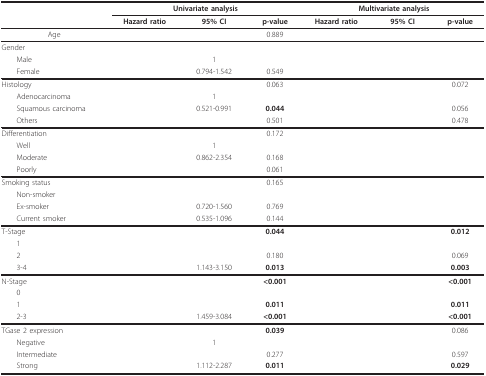
<table><thead><tr><td>[EMPTY_CELL]</td><td colspan="3"><b>Univariate analysis</b></td><td colspan="3"><b>Multivariate analysis</b></td></tr><tr><td>[EMPTY_CELL]</td><td><b>Hazard ratio</b></td><td><b>95% CI</b></td><td><b>p-value</b></td><td><b>Hazard ratio</b></td><td><b>95% CI</b></td><td><b>p-value</b></td></tr></thead><tbody><tr><td>Age</td><td>[EMPTY_CELL]</td><td>[EMPTY_CELL]</td><td>0.889</td><td>[EMPTY_CELL]</td><td>[EMPTY_CELL]</td><td>[EMPTY_CELL]</td></tr><tr><td>Gender</td><td>[EMPTY_CELL]</td><td>[EMPTY_CELL]</td><td>[EMPTY_CELL]</td><td>[EMPTY_CELL]</td><td>[EMPTY_CELL]</td><td>[EMPTY_CELL]</td></tr><tr><td> Male</td><td>[EMPTY_CELL]</td><td>1</td><td>[EMPTY_CELL]</td><td>[EMPTY_CELL]</td><td>[EMPTY_CELL]</td><td>[EMPTY_CELL]</td></tr><tr><td> Female</td><td>[EMPTY_CELL]</td><td>0.794-1.542</td><td>0.549</td><td>[EMPTY_CELL]</td><td>[EMPTY_CELL]</td><td>[EMPTY_CELL]</td></tr><tr><td>Histology</td><td>[EMPTY_CELL]</td><td>[EMPTY_CELL]</td><td>0.063</td><td>[EMPTY_CELL]</td><td>[EMPTY_CELL]</td><td>0.072</td></tr><tr><td> Adenocarcinoma</td><td>[EMPTY_CELL]</td><td>1</td><td>[EMPTY_CELL]</td><td>[EMPTY_CELL]</td><td>[EMPTY_CELL]</td><td>[EMPTY_CELL]</td></tr><tr><td> Squamous carcinoma</td><td>[EMPTY_CELL]</td><td>0.521-0.991</td><td><b>0.044</b></td><td>[EMPTY_CELL]</td><td>[EMPTY_CELL]</td><td>0.056</td></tr><tr><td> Others</td><td>[EMPTY_CELL]</td><td>[EMPTY_CELL]</td><td>0.501</td><td>[EMPTY_CELL]</td><td>[EMPTY_CELL]</td><td>0.478</td></tr><tr><td>Differentiation</td><td>[EMPTY_CELL]</td><td>[EMPTY_CELL]</td><td>0.172</td><td>[EMPTY_CELL]</td><td>[EMPTY_CELL]</td><td>[EMPTY_CELL]</td></tr><tr><td> Well</td><td>[EMPTY_CELL]</td><td>1</td><td>[EMPTY_CELL]</td><td>[EMPTY_CELL]</td><td>[EMPTY_CELL]</td><td>[EMPTY_CELL]</td></tr><tr><td> Moderate</td><td>[EMPTY_CELL]</td><td>0.862-2.354</td><td>0.168</td><td>[EMPTY_CELL]</td><td>[EMPTY_CELL]</td><td>[EMPTY_CELL]</td></tr><tr><td> Poorly</td><td>[EMPTY_CELL]</td><td>[EMPTY_CELL]</td><td>0.061</td><td>[EMPTY_CELL]</td><td>[EMPTY_CELL]</td><td>[EMPTY_CELL]</td></tr><tr><td>Smoking status</td><td>[EMPTY_CELL]</td><td>[EMPTY_CELL]</td><td>0.165</td><td>[EMPTY_CELL]</td><td>[EMPTY_CELL]</td><td>[EMPTY_CELL]</td></tr><tr><td> Non-smoker</td><td>[EMPTY_CELL]</td><td>[EMPTY_CELL]</td><td>[EMPTY_CELL]</td><td>[EMPTY_CELL]</td><td>[EMPTY_CELL]</td><td>[EMPTY_CELL]</td></tr><tr><td> Ex-smoker</td><td>[EMPTY_CELL]</td><td>0.720-1.560</td><td>0.769</td><td>[EMPTY_CELL]</td><td>[EMPTY_CELL]</td><td>[EMPTY_CELL]</td></tr><tr><td> Current smoker</td><td>[EMPTY_CELL]</td><td>0.535-1.096</td><td>0.144</td><td>[EMPTY_CELL]</td><td>[EMPTY_CELL]</td><td>[EMPTY_CELL]</td></tr><tr><td>T-Stage</td><td>[EMPTY_CELL]</td><td>[EMPTY_CELL]</td><td><b>0.044</b></td><td>[EMPTY_CELL]</td><td>[EMPTY_CELL]</td><td><b>0.012</b></td></tr><tr><td> 1</td><td>[EMPTY_CELL]</td><td>[EMPTY_CELL]</td><td>[EMPTY_CELL]</td><td>[EMPTY_CELL]</td><td>[EMPTY_CELL]</td><td>[EMPTY_CELL]</td></tr><tr><td> 2</td><td>[EMPTY_CELL]</td><td>[EMPTY_CELL]</td><td>0.180</td><td>[EMPTY_CELL]</td><td>[EMPTY_CELL]</td><td>0.069</td></tr><tr><td> 3-4</td><td>[EMPTY_CELL]</td><td>1.143-3.150</td><td><b>0.013</b></td><td>[EMPTY_CELL]</td><td>[EMPTY_CELL]</td><td><b>0.003</b></td></tr><tr><td>N-Stage</td><td>[EMPTY_CELL]</td><td>[EMPTY_CELL]</td><td><b>&lt;0.001</b></td><td>[EMPTY_CELL]</td><td>[EMPTY_CELL]</td><td><b>&lt;0.001</b></td></tr><tr><td> 0</td><td>[EMPTY_CELL]</td><td>[EMPTY_CELL]</td><td>[EMPTY_CELL]</td><td>[EMPTY_CELL]</td><td>[EMPTY_CELL]</td><td>[EMPTY_CELL]</td></tr><tr><td> 1</td><td>[EMPTY_CELL]</td><td>[EMPTY_CELL]</td><td><b>0.011</b></td><td>[EMPTY_CELL]</td><td>[EMPTY_CELL]</td><td><b>0.011</b></td></tr><tr><td> 2-3</td><td>[EMPTY_CELL]</td><td>1.459-3.084</td><td><b>&lt;0.001</b></td><td>[EMPTY_CELL]</td><td>[EMPTY_CELL]</td><td><b>&lt;0.001</b></td></tr><tr><td>TGase 2 expression</td><td>[EMPTY_CELL]</td><td>[EMPTY_CELL]</td><td><b>0.039</b></td><td>[EMPTY_CELL]</td><td>[EMPTY_CELL]</td><td>0.086</td></tr><tr><td> Negative</td><td>[EMPTY_CELL]</td><td>1</td><td>[EMPTY_CELL]</td><td>[EMPTY_CELL]</td><td>[EMPTY_CELL]</td><td>[EMPTY_CELL]</td></tr><tr><td> Intermediate</td><td>[EMPTY_CELL]</td><td>[EMPTY_CELL]</td><td>0.277</td><td>[EMPTY_CELL]</td><td>[EMPTY_CELL]</td><td>0.597</td></tr><tr><td> Strong</td><td>[EMPTY_CELL]</td><td>1.112-2.287</td><td><b>0.011</b></td><td>[EMPTY_CELL]</td><td>[EMPTY_CELL]</td><td><b>0.029</b></td></tr></tbody></table>